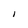
Character: I